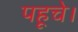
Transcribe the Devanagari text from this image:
पहूचे।